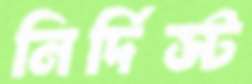
নির্দিস্ট